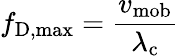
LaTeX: f_{\mathrm{{D,max}}}={\frac{v_{\mathrm{{mob}}}}{\lambda_{\mathrm{{c}}}}}